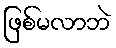
ဖြစ်မလာဘဲ